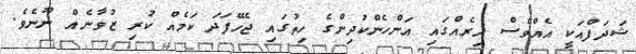
ޝަދަފްއަކީ އެއްވެސް އިރެއްގައި އަންހެންކުދިންގެ ހިތުގައި ޖެހޭފަދަ ކަމެއް ކުރި ޒުވާނެއް ނޫނެވެ.